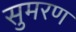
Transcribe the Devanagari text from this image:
सुमरण